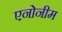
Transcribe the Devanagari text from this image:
एनोनीम